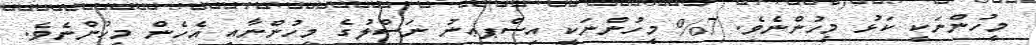
މީހުންނަކީ ކަޅު މީހުންނެވެ. 7% މީހުންނަކީ އިސްޕޢނު ނަސްލުގެ މީހުންނާއި އެހެން މީހުންނެވެ.